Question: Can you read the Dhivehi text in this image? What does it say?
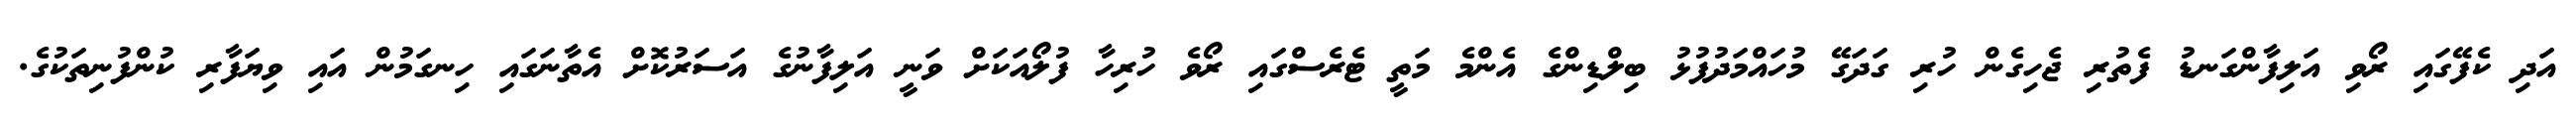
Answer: އަދި ކެފޭގައި ރޯވި އަލިފާންގަނޑު ފެތުރި ޖެހިގެން ހުރި ގަދަގޭ މުހައްމަދުފުޅު ބިލްޑިންގެ އެންމެ މަތީ ޓެރެސްގައި ރޯވެ ހުރިހާ ފުލޯއަކަށް ވަނީ އަލިފާނުގެ އަސަރުކޮށް އެތާނަގައި ހިނގަމުން އައި ވިޔަފާރި ކުންފުނިތަކުގެ.